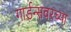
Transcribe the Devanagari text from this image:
गार्डन्सवरच्या